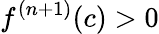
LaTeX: f^{(n+1)}(c)>0